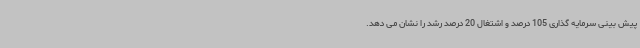
پیش بینی سرمایه گذاری 105 درصد و اشتغال 20 درصد رشد را نشان می دهد.